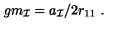
g m _ { \cal I } = a _ { \cal I } / 2 r _ { 1 1 } \ .